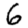
Digit: 6